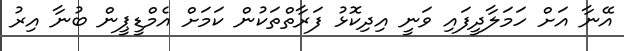
އޭނާ އަށް ހަމަލާދީފައި ވަނީ އިދިކޮޅު ފަރާތްތަކުން ކަމަށް އެމްޑީޕީން ބުނާ އިރު